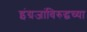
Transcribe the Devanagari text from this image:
इंग्रजांविरुद्धच्या